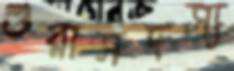
শুরাসদস্য